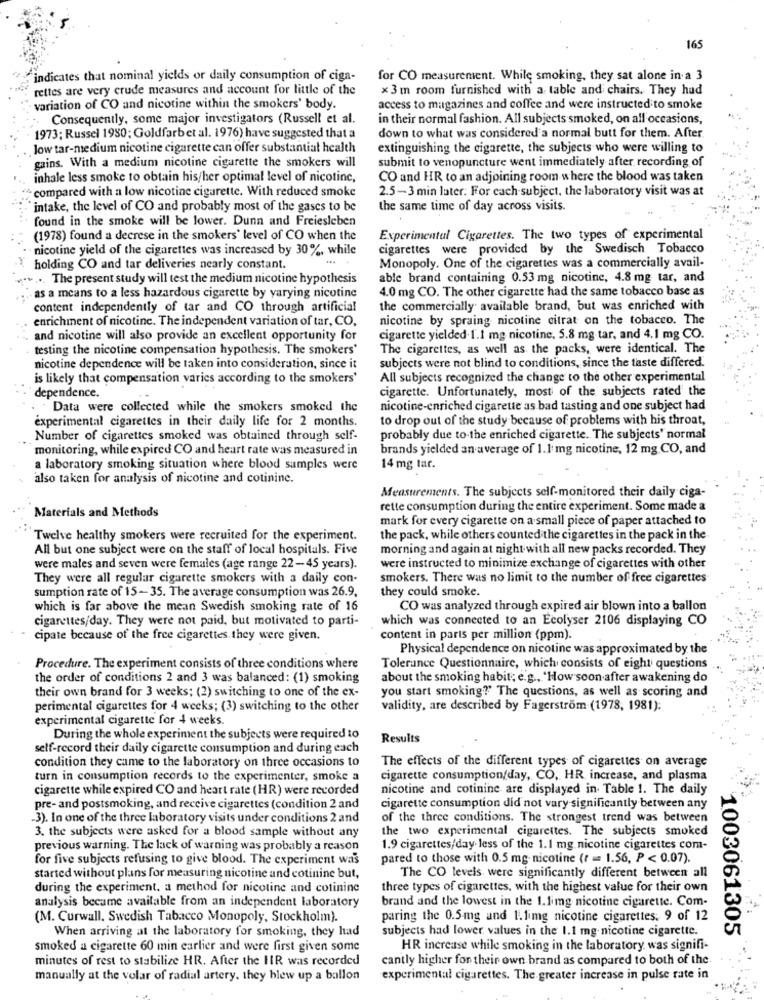
165
indicates that nominal yields or daily consumption of ciga-
for CO measurement. While smoking, they sat alone in a 3
rettes are very crude measures and account for little of the
×3 m room furnished with a table and chairs. They had
variation of CO and nicotine within the smokers' body.
access to magazines and coffee and were instructed to smoke
Consequently, some major investigators (Russell et al.
in their normal fashion. All subjects smoked, on all occasions,
1973; Russel 1980; Goldfarbet al. 1976) have suggested that a
down to what was considered a normal butt for them. After.
low tar-medium nicotine cigarette can offer substantial health
extinguishing the cigarette, the subjects who were willing to
submit to venopuncture went immediately after recording of
gains. With a medium nicotine cigarette the smokers will
inhale less smoke to obtain his/her optimal level of nicotine,
CO and HR to an adjoining room where the blood was taken
- compared with a low nicotine cigarette. With reduced smoke
2.5-3 min later. For each subject, the laboratory visit was at
intake, the level of CO and probably most of the gases to be
the same time of day across visits.
found in the smoke will be lower. Dunn and Freiesleben
(1978) found a decrese in the smokers' level of CO when the
Experimental Cigarettes. The two types of experimental
nicotine yield of the cigarettes was increased by 30%, while
cigarettes were provided by the Swedisch Tobacco
holding CO and tar deliveries nearly constant.
Monopoly. One of the cigarettes was a commercially avail-
...... The present study will test the medium nicotine hypothesis
able brand containing 0.53 mg nicotine, 4.8 mg tar, and
4.0 mg CO. The other cigarette had the same tobacco base as
- as a means to a less hazardous cigarette by varying nicotine
content independently of tar and CO through artificial
the commercially available brand, but was enriched with
enrichment of nicotine. The independent variation of tar, CO,
nicotine by spraing nicotine citrat on the tobacco. The
and nicotine will also provide an excellent opportunity for
cigarette yielded.1.1 mg nicotine, 5.8 mg tar, and 4.1 mg CO.
testing the nicotine compensation hypothesis. The smokers'
The cigarettes, as well as the packs, were identical. The
nicotine dependence will be taken into consideration, since it
subjects were not blind to conditions, since the taste differed.
is likely that compensation varies according to the smokers'
All subjects recognized the change to the other experimental
cigarette. Unfortunately, most of the subjects rated the
dependence.
Data were collected while the smokers smoked the
nicotine-enriched cigarette as bad tasting and one subject had
experimental cigarettes in their daily life for 2 months.
to drop out of the study because of problems with his throat,
Number of cigarettes smoked was obtained through self-
probably due to the enriched cigarette. The subjects' normal
monitoring, while expired CO and heart rate was measured in
brands yielded an average of 1.1 mg nicotine, 12 mg.CO, and
a laboratory smoking situation where blood samples were
14 mg tar.
also taken for analysis of nicotine and cotinine.
Measurements. The subjects self-monitored their daily ciga-
rette consumption during the entire experiment. Some made &
Materials and Methods
mark for every cigarette on a small piece of paper attached to
Twelve healthy smokers were recruited for the experiment.
the pack, while others counted the cigarettes in the pack in the
All but one subject were on the staff of local hospitals. Five
morning and again at night with all new packs recorded. They
were males and seven were females (age range 22-45 years).
were instructed to minimize exchange of cigarettes with other
They were all regular cigarette smokers with a daily con-
smokers. There was no limit to the number of free cigarettes
sumption rate of 15-35. The average consumption was 26.9.
they could smoke.
which is far above the mean Swedish smoking rate of 16
CO was analyzed through expired air blown into a ballon
cigarettes/day. They were not paid, but motivated to parti-
which was connected to an Ecolyser 2106 displaying CO
cipate because of the free cigarettes they were given.
content in parts per million (ppm).
Physical dependence on nicotine was approximated by the
Procedure. The experiment consists of three conditions where
Tolerance Questionnaire, which consists of eight questions
the order of conditions 2 and 3 was balanced: (1) smoking
about the smoking habit; e.g ., "How soon after awakening do
their own brand for 3 weeks; (2) switching to one of the ex-
you start smoking?' The questions, as well as scoring and
perimental cigarettes for 4 weeks; (3) switching to the other
validity, are described by Fagerström (1978, 1981):
experimental cigarette for 4 weeks.
During the whole experiment the subjects were required to
Results
self-record their daily cigarette consumption and during each
condition they came to the laboratory on three occasions to
The effects of the different types of cigarettes on average
turn in consumption records to the experimenter, smoke a
cigarette consumption/day, CO, HR increase, and plasma
cigarette while expired CO and heart rate (HR) were recorded
nicotine and cotinine are displayed in Table 1. The daily
pre- and postsmoking, and receive cigarettes (condition 2 and
cigarette consumption did not vary significantly between any
3). In one of the three laboratory visits under conditions 2 and
of the three conditions. The strongest trend was between
3. the subjects were asked for a blood sample without any
the two experimental cigarettes. The subjects smoked
previous warning. The lack of warning was probably a reason
1.9 cigarettes/day less of the 1.1 mg nicotine cigarettes com-
for five subjects refusing to give blood. The experiment was
pared to those with 0.5 mg nicotine (r == 1.56, P < 0.07).
started without plans for measuring nicotine and cotinine but,
The CO levels were significantly different between all
during the experiment. a method for nicotine and cotinine
three types of cigarettes, with the highest value for their own
brand and the lowest in the 1.limg nicotine cigarette. Com-
analysis became available from an independent laboratory
(M. Curwall. Swedish Tabacco Monopoly, Stockholm).
paring the 0.5mg and 1.1img nicotine cigarettes. 9 of 12
When arriving at the laboratory for smoking, they had
subjects had lower values in the 1.1 mg nicotine cigarette.
1003061305
smoked a cigarette 60 min earlier and were first given some
HR increase while smoking in the laboratory was signifi-
minutes of rest to stabilize HR. After the HIR was recorded
cantly higher for their own brand as compared to both of the.
manually at the volar of radial artery, they blew up a ballon
experimental cigarettes. The greater increase in pulse rate in